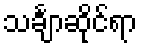
သင်္ချာဆိုင်ရာ